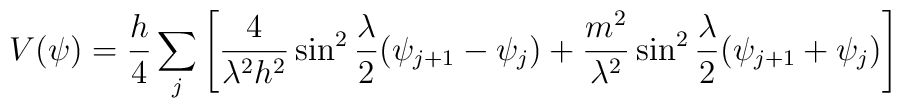
V(\psi) = \frac{h}{4}\sum_{j}\left[         \frac{4}{\lambda^{2}h^{2}}\sin^{2}\frac{\lambda}{2}(\psi_{j+1}-\psi_{j})        +\frac{m^{2}}{\lambda^{2}}\sin^{2}\frac{\lambda}{2}(\psi_{j+1}+\psi_{j})                             \right]